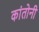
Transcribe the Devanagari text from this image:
कांतोनी